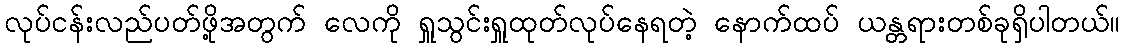
လုပ်ငန်းလည်ပတ်ဖို့အတွက် လေကို ရှူသွင်းရှူထုတ်လုပ်နေရတဲ့ နောက်ထပ် ယန္တရားတစ်ခုရှိပါတယ်။